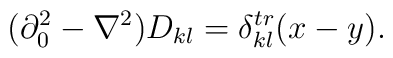
(\partial_0^2-\nabla^2)D_{kl}=\delta^{tr}_{kl}(x-y).